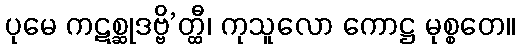
ပုမေ ကဋစ္ဆုဒဗ္ဗိ’တ္ထီ၊ ကုသူလော ကောဋ္ဌ မုစ္စတေ။